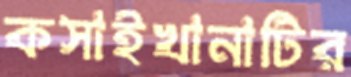
কসাইখানাটির